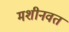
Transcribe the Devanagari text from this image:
मशीनवत